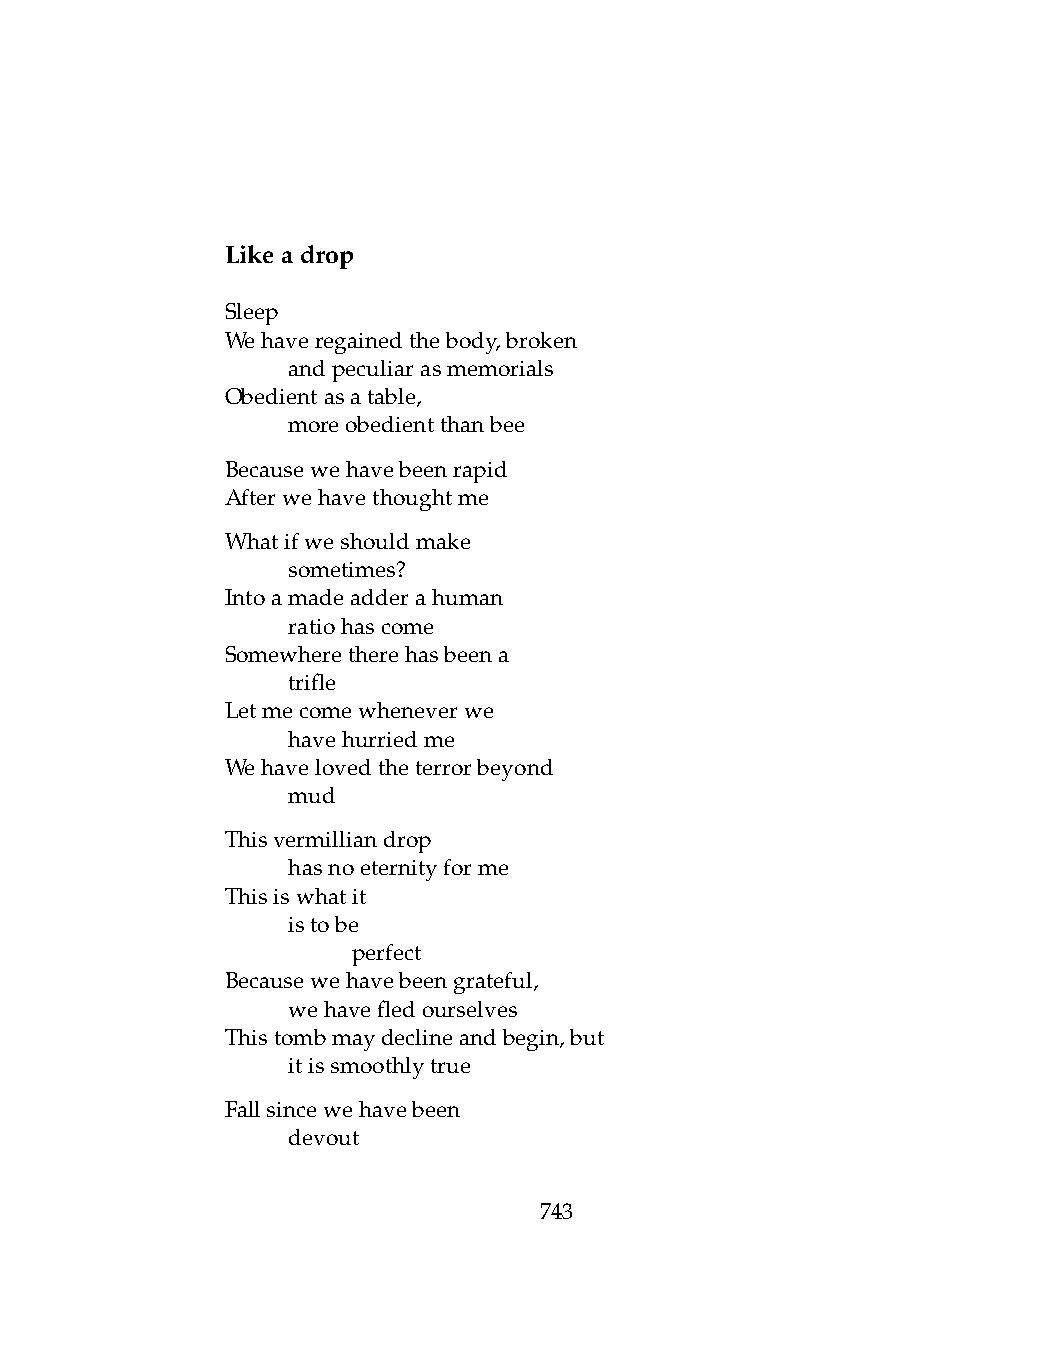
Likeadrop
 Sleep
 Wehaveregainedthebody,broken
 .   andpeculiarasmemorials
 Obedientasatable,
 .   moreobedientthanbee
 Becausewehavebeenrapid
 Afterwehavethoughtme
 Whatifweshouldmake
 .   sometimes?
 Intoamadeadderahuman
 .   ratiohascome
 Somewheretherehasbeena
 .   trifle
 Letmecomewheneverwe
 .   havehurriedme
 Wehavelovedtheterrorbeyond
 .   mud
 Thisvermilliandrop
 .   hasnoeternityforme
 Thisiswhatit
 .   istobe
 .   .   perfect
 Becausewehavebeengrateful,
 .   wehavefledourselves
 Thistombmaydeclineandbegin,but
 .   itissmoothlytrue
 Fallsincewehavebeen
 .   devout
 743